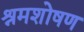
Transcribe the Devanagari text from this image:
श्रमशोषण